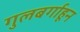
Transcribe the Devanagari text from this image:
गुलबर्गाहून